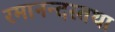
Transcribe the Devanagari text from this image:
रमानन्दस्तथा